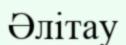
Әлітау